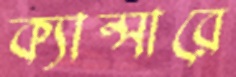
ক্যান্সারে